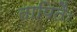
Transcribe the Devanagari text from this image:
तापितैः